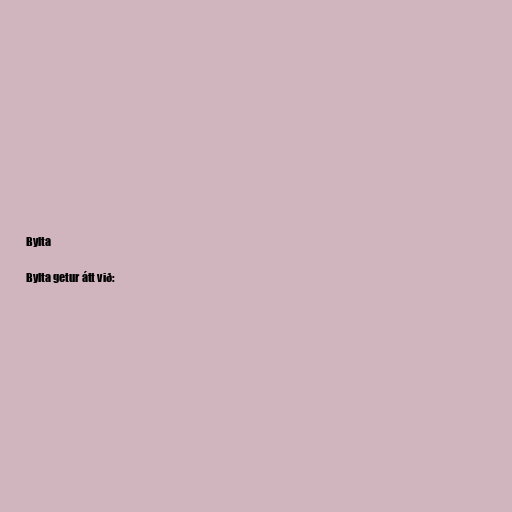
Bylta

Bylta getur átt við: